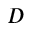
D